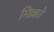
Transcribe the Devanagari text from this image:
मिल्लते